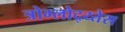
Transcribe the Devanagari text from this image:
त्रोग्लोद्य्तेस